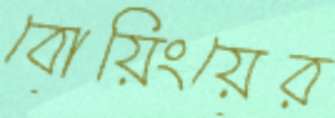
বোয়িংয়ের